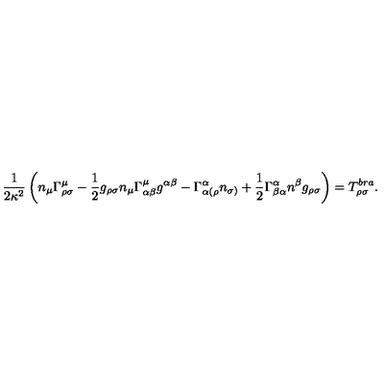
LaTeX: \frac { 1 } { 2 \kappa ^ { 2 } } \left( n _ { \mu } \Gamma _ { \rho \sigma } ^ { \mu } - \frac { 1 } { 2 } g _ { \rho \sigma } n _ { \mu } \Gamma _ { \alpha \beta } ^ { \mu } g ^ { \alpha \beta } - \Gamma _ { \alpha ( \rho } ^ { \alpha } n _ { \sigma ) } + \frac { 1 } { 2 } \Gamma _ { \beta \alpha } ^ { \alpha } n ^ { \beta } g _ { \rho \sigma } \right) = T _ { \rho \sigma } ^ { b r a } .